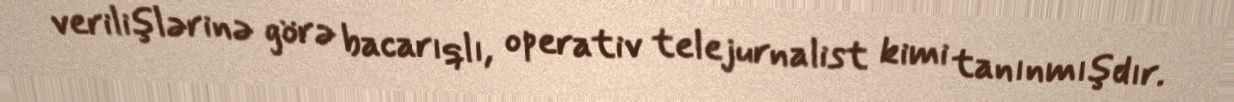
verilişlərinə görə bacarıqlı, operativ telejurnalist kimi tanınmışdır.